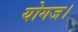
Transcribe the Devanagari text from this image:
योगज।